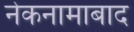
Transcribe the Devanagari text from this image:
नेकनामाबाद